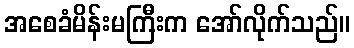
အစေခံမိန်းမကြီးက အော်လိုက်သည်။